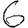
Digit: 6